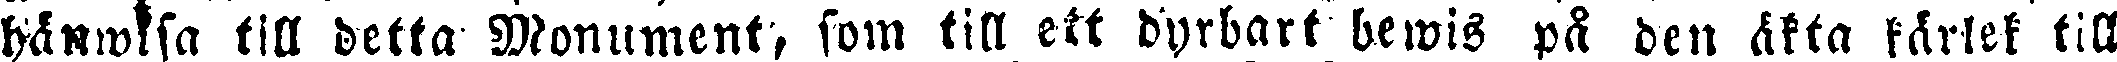
hänwisa till detta Monument, som till ett dyrbart bewis på ben äkta kärlek till